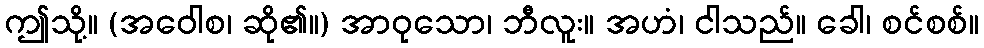
ဤသို့။ (အဝေါစ၊ ဆို၏။) အာဝုသော၊ ဘီလူး။ အဟံ၊ ငါသည်။ ခေါ၊ စင်စစ်။